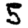
Digit: 5